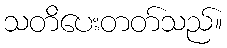
သတိပေးတတ်သည်။